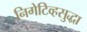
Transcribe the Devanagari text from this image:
निगेटिव्हसुद्धा